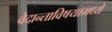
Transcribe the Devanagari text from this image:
वेदान्ताविषयामध्ये